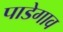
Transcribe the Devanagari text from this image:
पाडेगाव